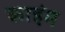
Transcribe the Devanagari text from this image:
काइंम